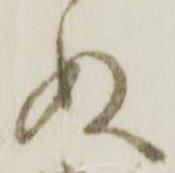
ぬ